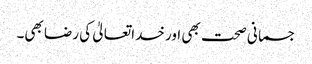
جسمانی صحت بھی اور خداتعالیٰ کی رضا بھی۔